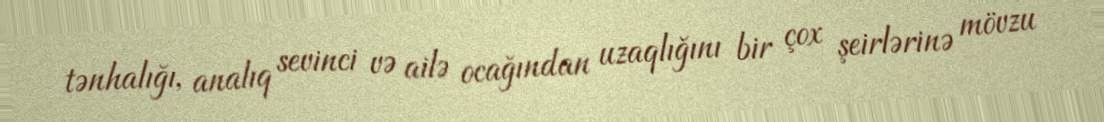
tənhalığı, analıq sevinci və ailə ocağından uzaqlığını bir çox şeirlərinə mövzu